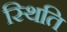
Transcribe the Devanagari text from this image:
स्थिति